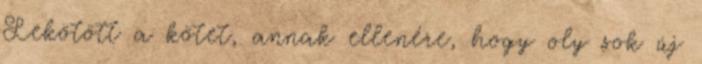
Lekötött a kötet, annak ellenére, hogy oly sok új